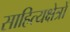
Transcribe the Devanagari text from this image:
साहित्यक्षेत्रों